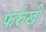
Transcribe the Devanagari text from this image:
फर्रुखी